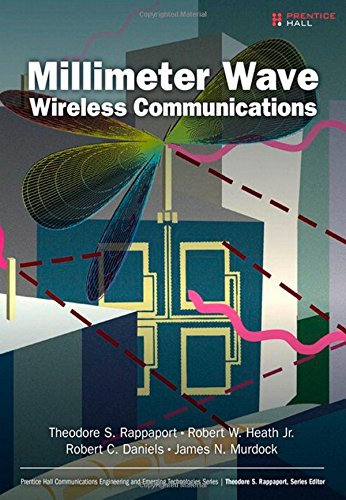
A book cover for Millimeter Wave Wireless Communications; Theodore S. Rappaport; Crafts, Hobbies & Home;